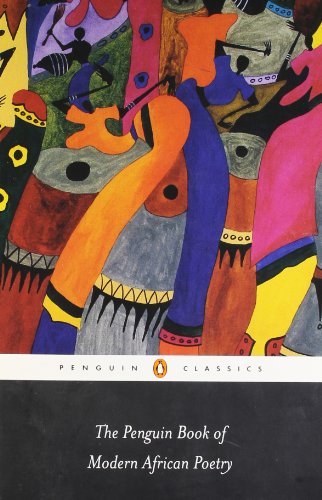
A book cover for The Penguin Book of Modern African Poetry: Fifth Edition (Penguin Classics); Various; Literature & Fiction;